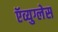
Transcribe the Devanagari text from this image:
ऍव्युग्लेस